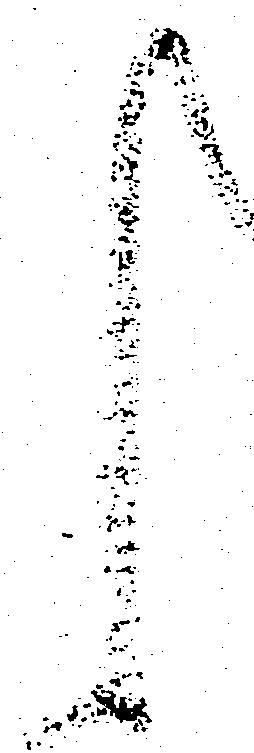
く